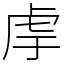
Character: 䖉